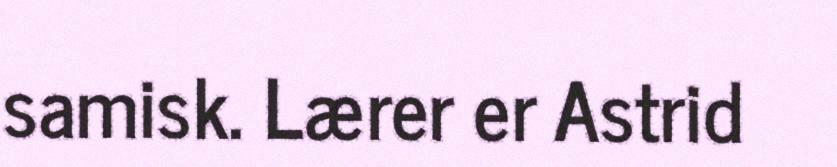
samisk. Lærer er Astrid